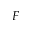
F